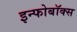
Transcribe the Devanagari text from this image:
इन्फोबॉक्स